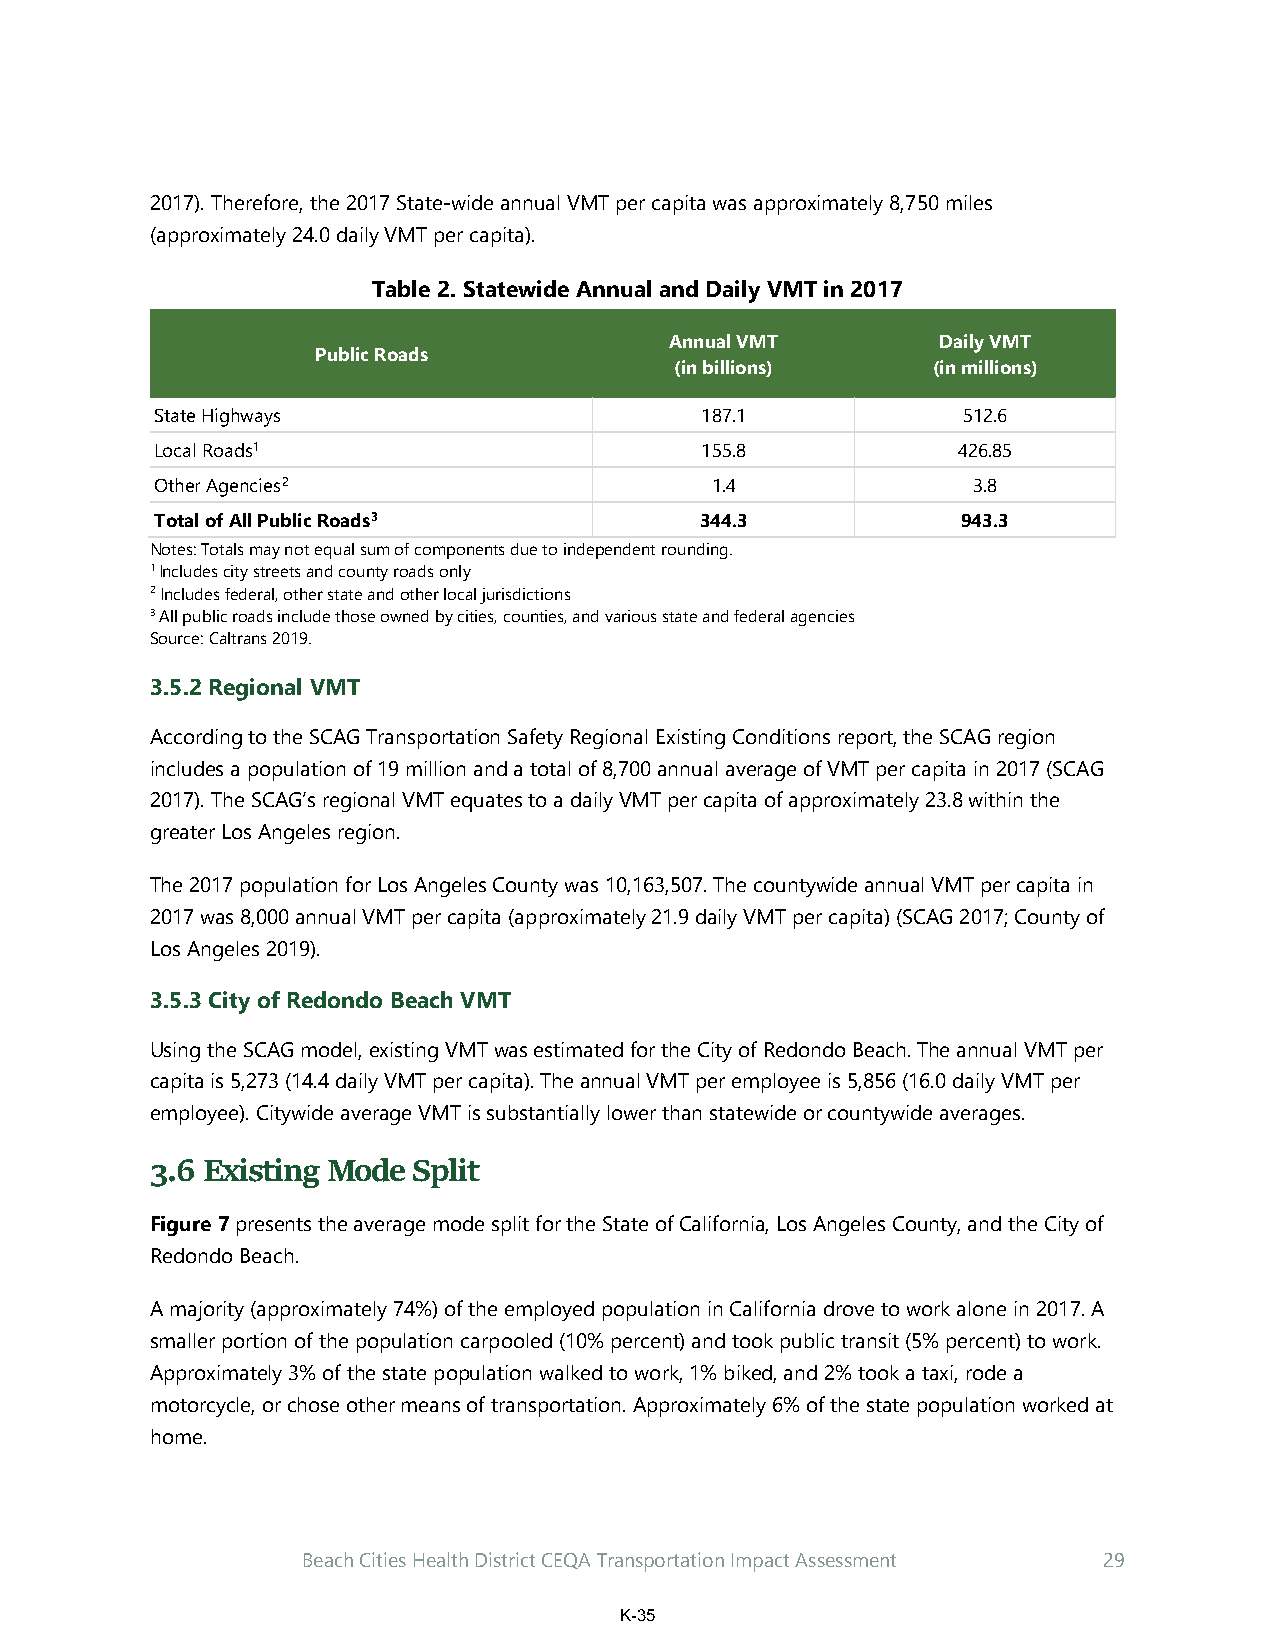
2017). Therefore, the 2017 State-wide annual VMT per capita was approximately 8,750 miles
 (approximately 24.0 daily VMT per capita).
 Table 2. Statewide Annual and Daily VMT in 2017
 Annual VMT        Daily VMT
 Public Roads
 (in billions)    (in millions)
 State Highways                      187.1             512.6
 Local Roads1                        155.8            426.85
 Other Agencies2                      1.4              3.8
 Total of All Public Roads3          344.3             943.3
 Notes: Totals may not equal sum of components due to independent rounding.
 1 Includes city streets and county roads only
 2 Includes federal, other state and other local jurisdictions
 3 All public roads include those owned by cities, counties, and various state and federal agencies
 Source: Caltrans 2019.
 3.5.2 Regional VMT
 According to the SCAG Transportation Safety Regional Existing Conditions report, the SCAG region
 includes a population of 19 million and a total of 8,700 annual average of VMT per capita in 2017 (SCAG
 2017). The SCAG’s regional VMT equates to a daily VMT per capita of approximately 23.8 within the
 greater Los Angeles region.
 The 2017 population for Los Angeles County was 10,163,507. The countywide annual VMT per capita in
 2017 was 8,000 annual VMT per capita (approximately 21.9 daily VMT per capita) (SCAG 2017; County of
 Los Angeles 2019).
 3.5.3 City of Redondo Beach VMT
 Using the SCAG model, existing VMT was estimated for the City of Redondo Beach. The annual VMT per
 capita is 5,273 (14.4 daily VMT per capita). The annual VMT per employee is 5,856 (16.0 daily VMT per
 employee). Citywide average VMT is substantially lower than statewide or countywide averages.
 3.6 Existing Mode Split
 Figure 7 presents the average mode split for the State of California, Los Angeles County, and the City of
 Redondo Beach.
 A majority (approximately 74%) of the employed population in California drove to work alone in 2017. A
 smaller portion of the population carpooled (10% percent) and took public transit (5% percent) to work.
 Approximately 3% of the state population walked to work, 1% biked, and 2% took a taxi, rode a
 motorcycle, or chose other means of transportation. Approximately 6% of the state population worked at
 home.
 Beach Cities Health District CEQA Transportation Impact Assessment 29
 K-35